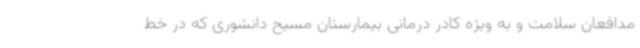
مدافعان سلامت و به ویژه کادر درمانی بیمارستان مسیح دانشوری که در خط